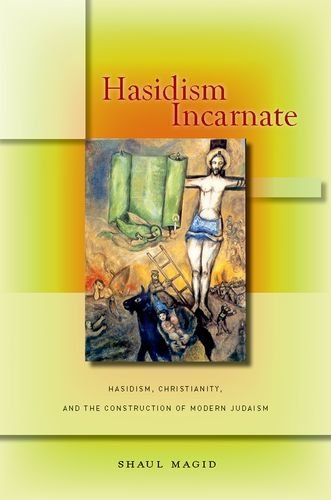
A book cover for Hasidism Incarnate: Hasidism, Christianity, and the Construction of Modern Judaism (Encountering Traditions); Shaul Magid; Religion & Spirituality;